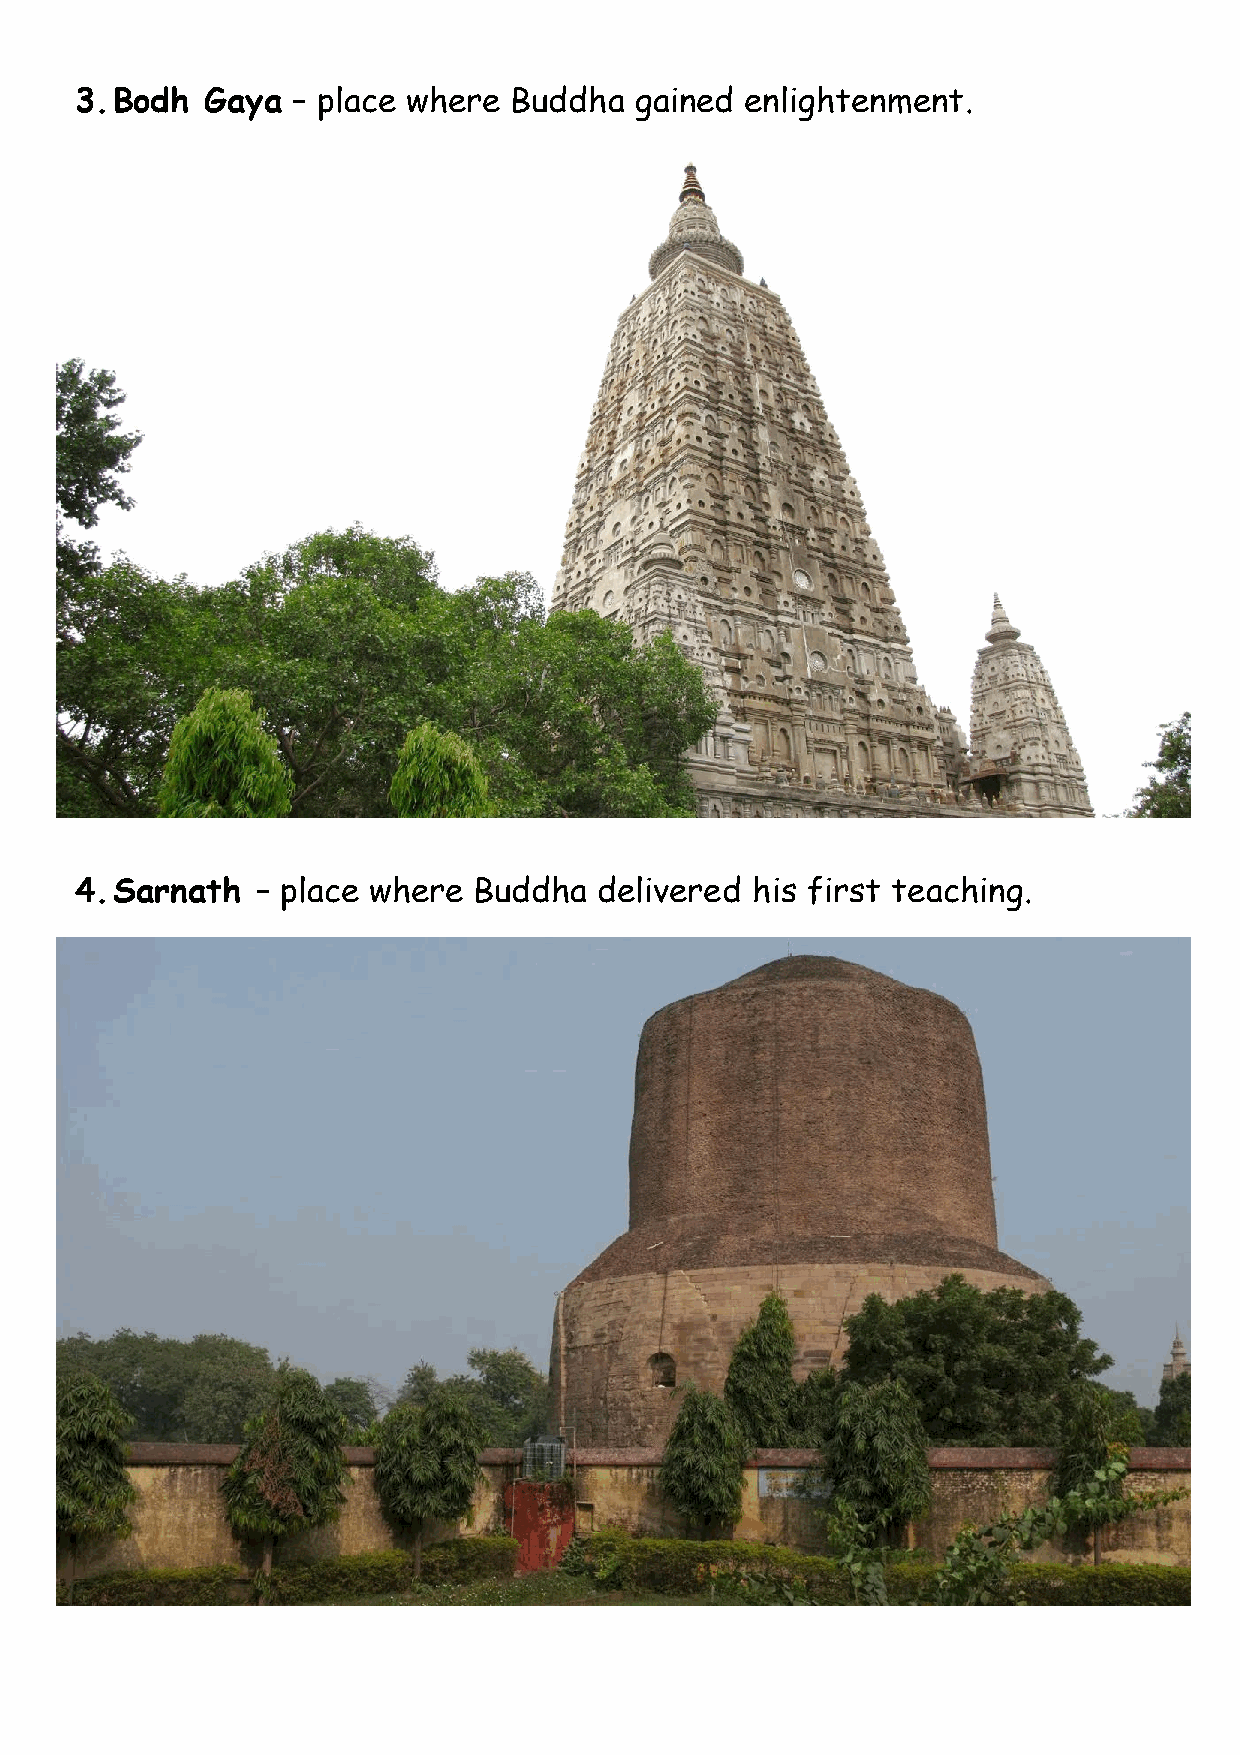
3. Bodh  Gaya – place where  Buddha  gained enlightenment.
 4. Sarnath  – place where Buddha   delivered his first teaching.